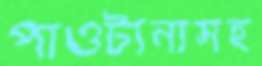
পাওটানাসহ